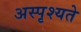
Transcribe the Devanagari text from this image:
अस्पृश्यते